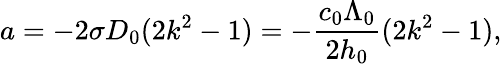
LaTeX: a=-2\sigma D_{0}(2k^{2}-1)=-\frac{c_{0}\Lambda_{0}}{2h_{0}}(2k^{2}-1),